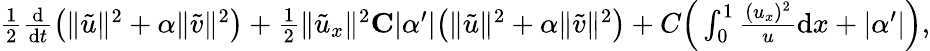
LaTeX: \begin{array}{r}{\frac 12\frac{\mathrm{d}}{\mathrm{d}t}\big(\| {\tilde{u}}\| ^{2}+\alpha\| {\tilde{v}}\| ^{2}\big)+\frac 12\| {\tilde{u}}_{x}\| ^{2}\le C|\alpha^{\prime}|\big(\| {\tilde{u}}\| ^{2}+\alpha\| {\tilde{v}}\| ^{2}\big)+C\Big(\int_{0}^{1}\frac{(u_{x})^{2}}{u}\mathrm{d}x+|\alpha^{\prime}|\Big),}\end{array}